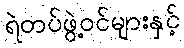
ရဲတပ်ဖွဲ့ဝင်များနှင့်